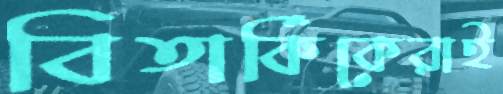
বিতার্কিকেরাই